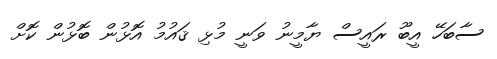
ސާބަހޭ އީބޫ ރައީސް ޔާމީނު ވަނީ މުޅި ޤައުމު އޮޅުން ބޮޅުން ކޮށް